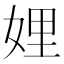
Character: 娌